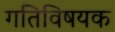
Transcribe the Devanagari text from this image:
गतिविषयक